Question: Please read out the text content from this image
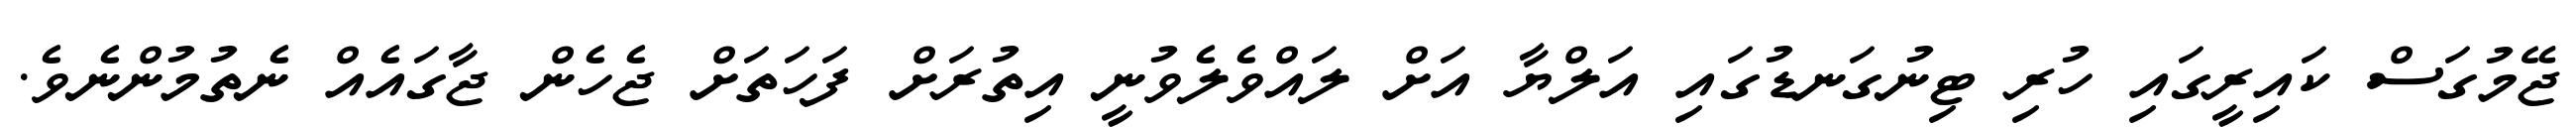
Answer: ޖޭމުގަސް ކައިރީގައި ހުރި ޓިނުގަނޑުގައި އަލްޔާ އަށް ލައްވެލެވުނީ އިތުރަށް ފަހަތަށް ޖެހެން ޖާގައެއް ނެތުމުންނެވެ.